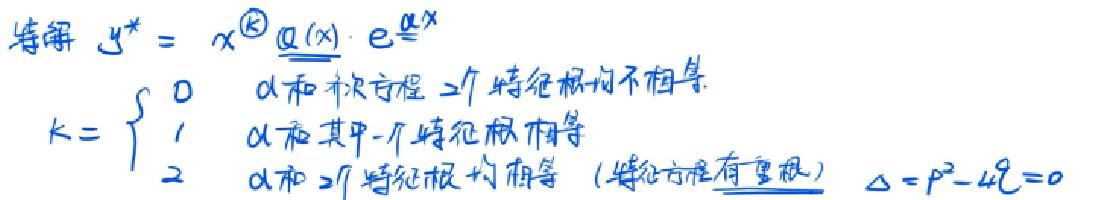
特解 \(y^{*}=x^{k}\underline{\alpha(x)}\cdot e^{\alpha x}\)
\(k = \begin{cases}0 & \alpha\text{和特征方程}2\text{个特征根均不相等}\\1 & \alpha\text{和其中一个特征根相等}\\2 & \alpha\text{和}2\text{个特征根均相等（特征方程有重根）}\end{cases}\) \(\Delta = p^{2}-4q = 0\)